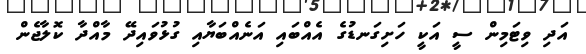
އަދި ވިޓަމިން ސީ އަކީ ހަށިގަނޑުގެ އެއްބައި އަނެއްބަޔާއި ގުޅުވައިދޭ މާއްދާ ކޮލާޖެން